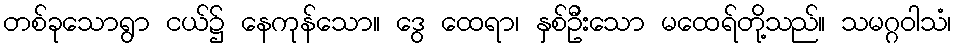
တစ်ခုသောရွာ ငယ်၌ နေကုန်သော။ ဒွေ ထေရာ၊ နှစ်ဦးသော မထေရ်တို့သည်။ သမဂ္ဂဝါသံ၊